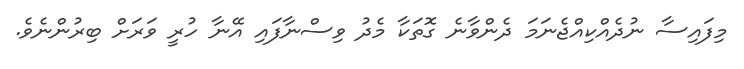
މިފައިސާ ނުދެއްކިއްޖެނަމަ ދެންވާނެ ގޮތަކާ މެދު ވިސްނާފައި އޭނާ ހުރީ ވަރަށް ބިރުންނެވެ.